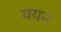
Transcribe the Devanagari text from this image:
ययन